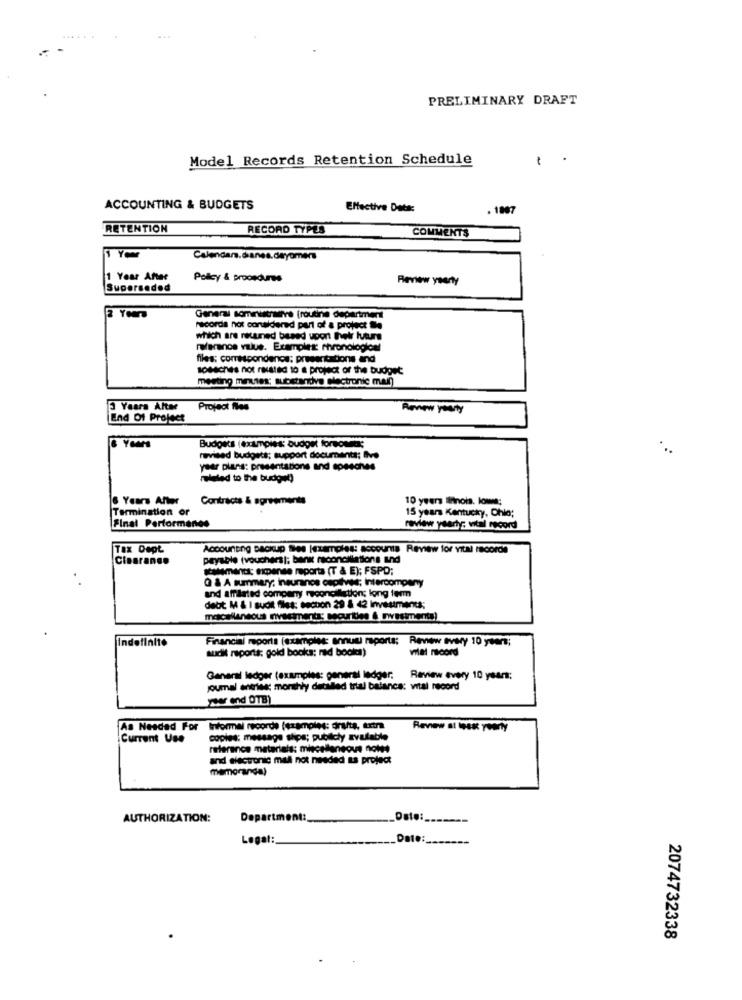
PRELIMINARY DRAFT
Model Records Retention Schedule
ACCOUNTING & BUDGETS
Effective Date:
.1007
RETENTION
RECORD TYPES
COMMENTS
1 Year
Calendars.danes.dayomera
1 Year After
Policy & proosdures
Review yearly
Superseded
General Böministrainve [routine department
ricorda not considered part of a project ile
which are retuned based upon their future
reference value. Examples: chronological
files; comespondencs: presentations and
sosaches not related to a project of the budget
mesting mires; substantive electronic mail
3 Years After
Project flas
Renew yearly
End Of Project
Yours
Budgets (examples: budget forsommes;
revised budgets; support documents; Ivo
year plans: presentations and speeches
related to the budget)
6 Years After
Contracts & agreements
10 years Inois. lowe;
Termination or
15 years Kentucky, Chla;
Final Performanes
review yaarty; vital record
Tax Dept.
Accounting Backup Ses (examples: accounts Review for vital records
Clearance
payable (vouchers); bank reconciliations iund
salement; expense reports (T & E); FSPD;
G & A summary; ieuranos capalves; Intercompany
and affiliated company reconciliation; long ferm
debt M & I suoit files: section 29 & 42 Investments;
macallansous investments: securities & vstimen)
Indefinite
Financial reports (examples: annual reports;
Review every 10 years;
audit reports; gold books; nad bookes)
vilal noord
General ledger (examples: general ledger; Review every 10 years;
joumal anties: monthly detilled trial balance: vital record
yor end OTB)
As Needed For Informal recorde (examples: drafts, extra
Current Use
copies: message ships; publicly zvutable
reference materials: miscellaneous not !!
and electronic mal not needed as project
memoranda)
AUTHORIZATION:
Department:
Date :_.
Legat
Date:
2074732338